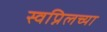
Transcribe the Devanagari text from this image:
स्वप्निलच्या